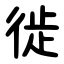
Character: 徙